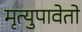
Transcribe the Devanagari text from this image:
मृत्युपावेतो